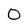
Character: 0